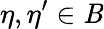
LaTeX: \eta,\eta^{\prime}\in\mathit{B}